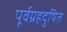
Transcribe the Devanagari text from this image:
पूर्वग्रहदुषित